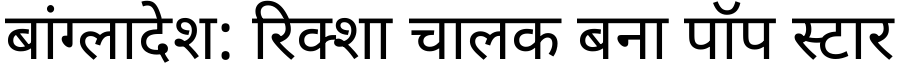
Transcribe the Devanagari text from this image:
बांग्लादेश: रिक्शा चालक बना पॉप स्टार